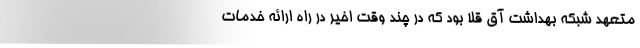
متعهد شبکه بهداشت آق قلا بود که در چند وقت اخیر در راه ارائه خدمات